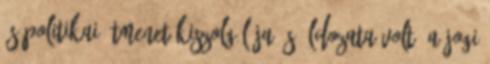
és politikai átmenet kiszolgálója és áldozata volt. A jogi